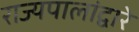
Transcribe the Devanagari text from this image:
राज्यपालांद्वारे